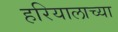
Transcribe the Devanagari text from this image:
हरियालाच्या